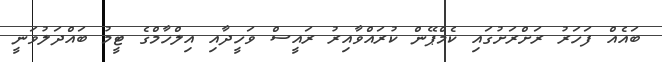
ބައެއް ފަހަރު ރަށްރަށުގައި ކެމްޕޭން ކުރައްވާއިރު ރައީސް ވަހީދާއި އިލްހާމްގެ ޓީމު ބައްދަލުވަނީ